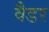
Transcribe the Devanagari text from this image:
वैडर